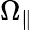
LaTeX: \Omega_{\parallel}